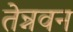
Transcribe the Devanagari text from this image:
तेन्नवन